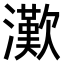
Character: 𤁤